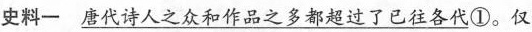
史料一 \underline{唐代诗人之众和作品之多都超过了已往各代}①。仅